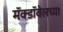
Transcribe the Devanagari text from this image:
मॅक्डॉवेलच्या